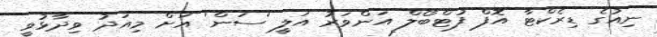
ނިއުގެ ޑިރެކްޓާ އޮފް ފުޓްބޯލް އަންވަރު އަލީ 'ސަން' އަށް މިއަދު ވިދާޅުވީ